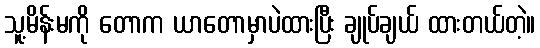
သူ့မိန်းမကို တောက ယာတောမှာပဲထားပြီး ချုပ်ချယ် ထားတယ်တဲ့။